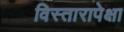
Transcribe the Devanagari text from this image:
विस्तारापेक्षा